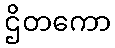
ဌိတကော